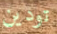
تودين